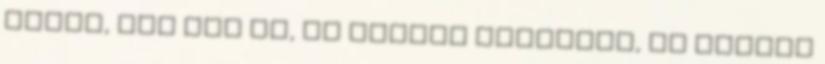
tudom, így jön ki, de amikor elmondom, mi jutott